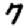
Digit: 7